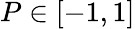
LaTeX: P\in[-1,1]